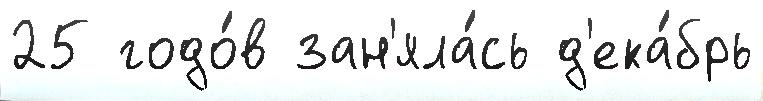
25 годо́в зан'яла́сь д'ека́брь